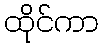
ထိုင်ကာ